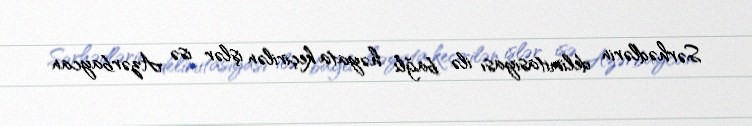
Sərhədlərin delimitasiyası ilə bağlı həyata keçirilən işlər isə Azərbaycan